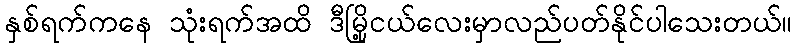
နှစ်ရက်ကနေ သုံးရက်အထိ ဒီမြို့ငယ်လေးမှာလည်ပတ်နိုင်ပါသေးတယ်။